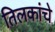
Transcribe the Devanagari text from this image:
तिलकांचे